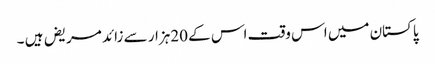
پاکستان میں اس وقت اس کے 20ہزار سے زائد مریض ہیں ۔